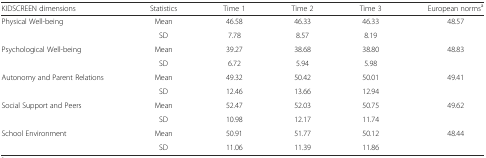
<table><thead><tr><td><b>KIDSCREEN dimensions</b></td><td><b>Statistics</b></td><td><b>Time 1</b></td><td><b>Time 2</b></td><td><b>Time 3</b></td><td><b>European norms<sup>a</sup></b></td></tr></thead><tbody><tr><td>Physical Well-being</td><td>Mean</td><td>46.58</td><td>46.33</td><td>46.33</td><td>48.57</td></tr><tr><td></td><td>SD</td><td>7.78</td><td>8.57</td><td>8.19</td><td></td></tr><tr><td>Psychological Well-being</td><td>Mean</td><td>39.27</td><td>38.68</td><td>38.80</td><td>48.83</td></tr><tr><td></td><td>SD</td><td>6.72</td><td>5.94</td><td>5.98</td><td></td></tr><tr><td rowspan="2">Autonomy and Parent Relations</td><td>Mean</td><td>49.32</td><td>50.42</td><td>50.01</td><td>49.41</td></tr><tr><td>SD</td><td>12.46</td><td>13.66</td><td>12.94</td><td></td></tr><tr><td>Social Support and Peers</td><td>Mean</td><td>52.47</td><td>52.03</td><td>50.75</td><td>49.62</td></tr><tr><td></td><td>SD</td><td>10.98</td><td>12.17</td><td>11.74</td><td></td></tr><tr><td>School Environment</td><td>Mean</td><td>50.91</td><td>51.77</td><td>50.12</td><td>48.44</td></tr><tr><td></td><td>SD</td><td>11.06</td><td>11.39</td><td>11.86</td><td></td></tr></tbody></table>